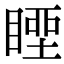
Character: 𥉢